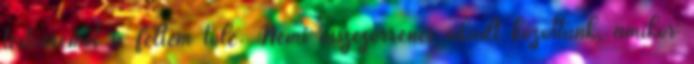
testvéremet is féltem tőle. Némi összezörrenés akadt közöttünk, amikor